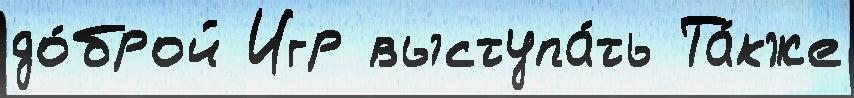
до́брой Игр выступа́ть Та́кже